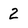
Character: 2